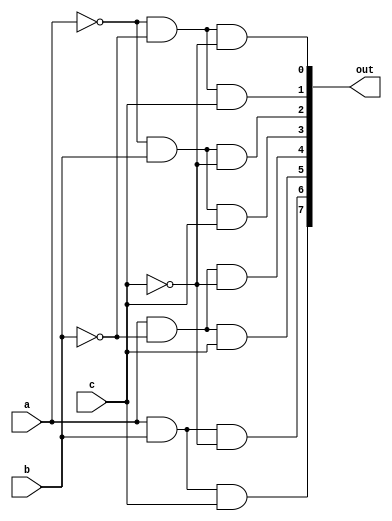
`timescale 1ns / 1ps
//////////////////////////////////////////////////////////////////////////////////
// Company: 
// Engineer: 
// 
// Design Name: 
// Module Name: decoder_38
// Project Name: 
// Target Devices: 
// Tool Versions: 
// Description: 
// 
// Dependencies: 
// 
// Revision:
// Revision 0.01 - File Created
// Additional Comments:
// 
//////////////////////////////////////////////////////////////////////////////////


module decoder_38(a, b, c, out);
    input a,b,c;
    output [7:0] out ;
    assign out [0] = (~a&~b&~c) ;
    assign out [1] =(~a&~b&c) ;
    assign out [2] =(~a&b&~c);
    assign out [3] = (~a&b&c);
    assign out [4] = (a&~b&~c);
    assign out [5] = (a&~b&c);
    assign out [6] = (a&b&~c);
    assign out [7] = (a&b&c);
    endmodule